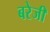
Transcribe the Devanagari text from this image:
बरेजी